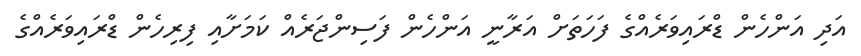
އަދި އަންހެން ޑްރައިވަރެއްގެ ފަހަތަށް އަރާނީ އަންހެން ފަސިންޖަރެއް ކަމަށާއި ފިރިހެން ޑްރައިވަރެއްގެ